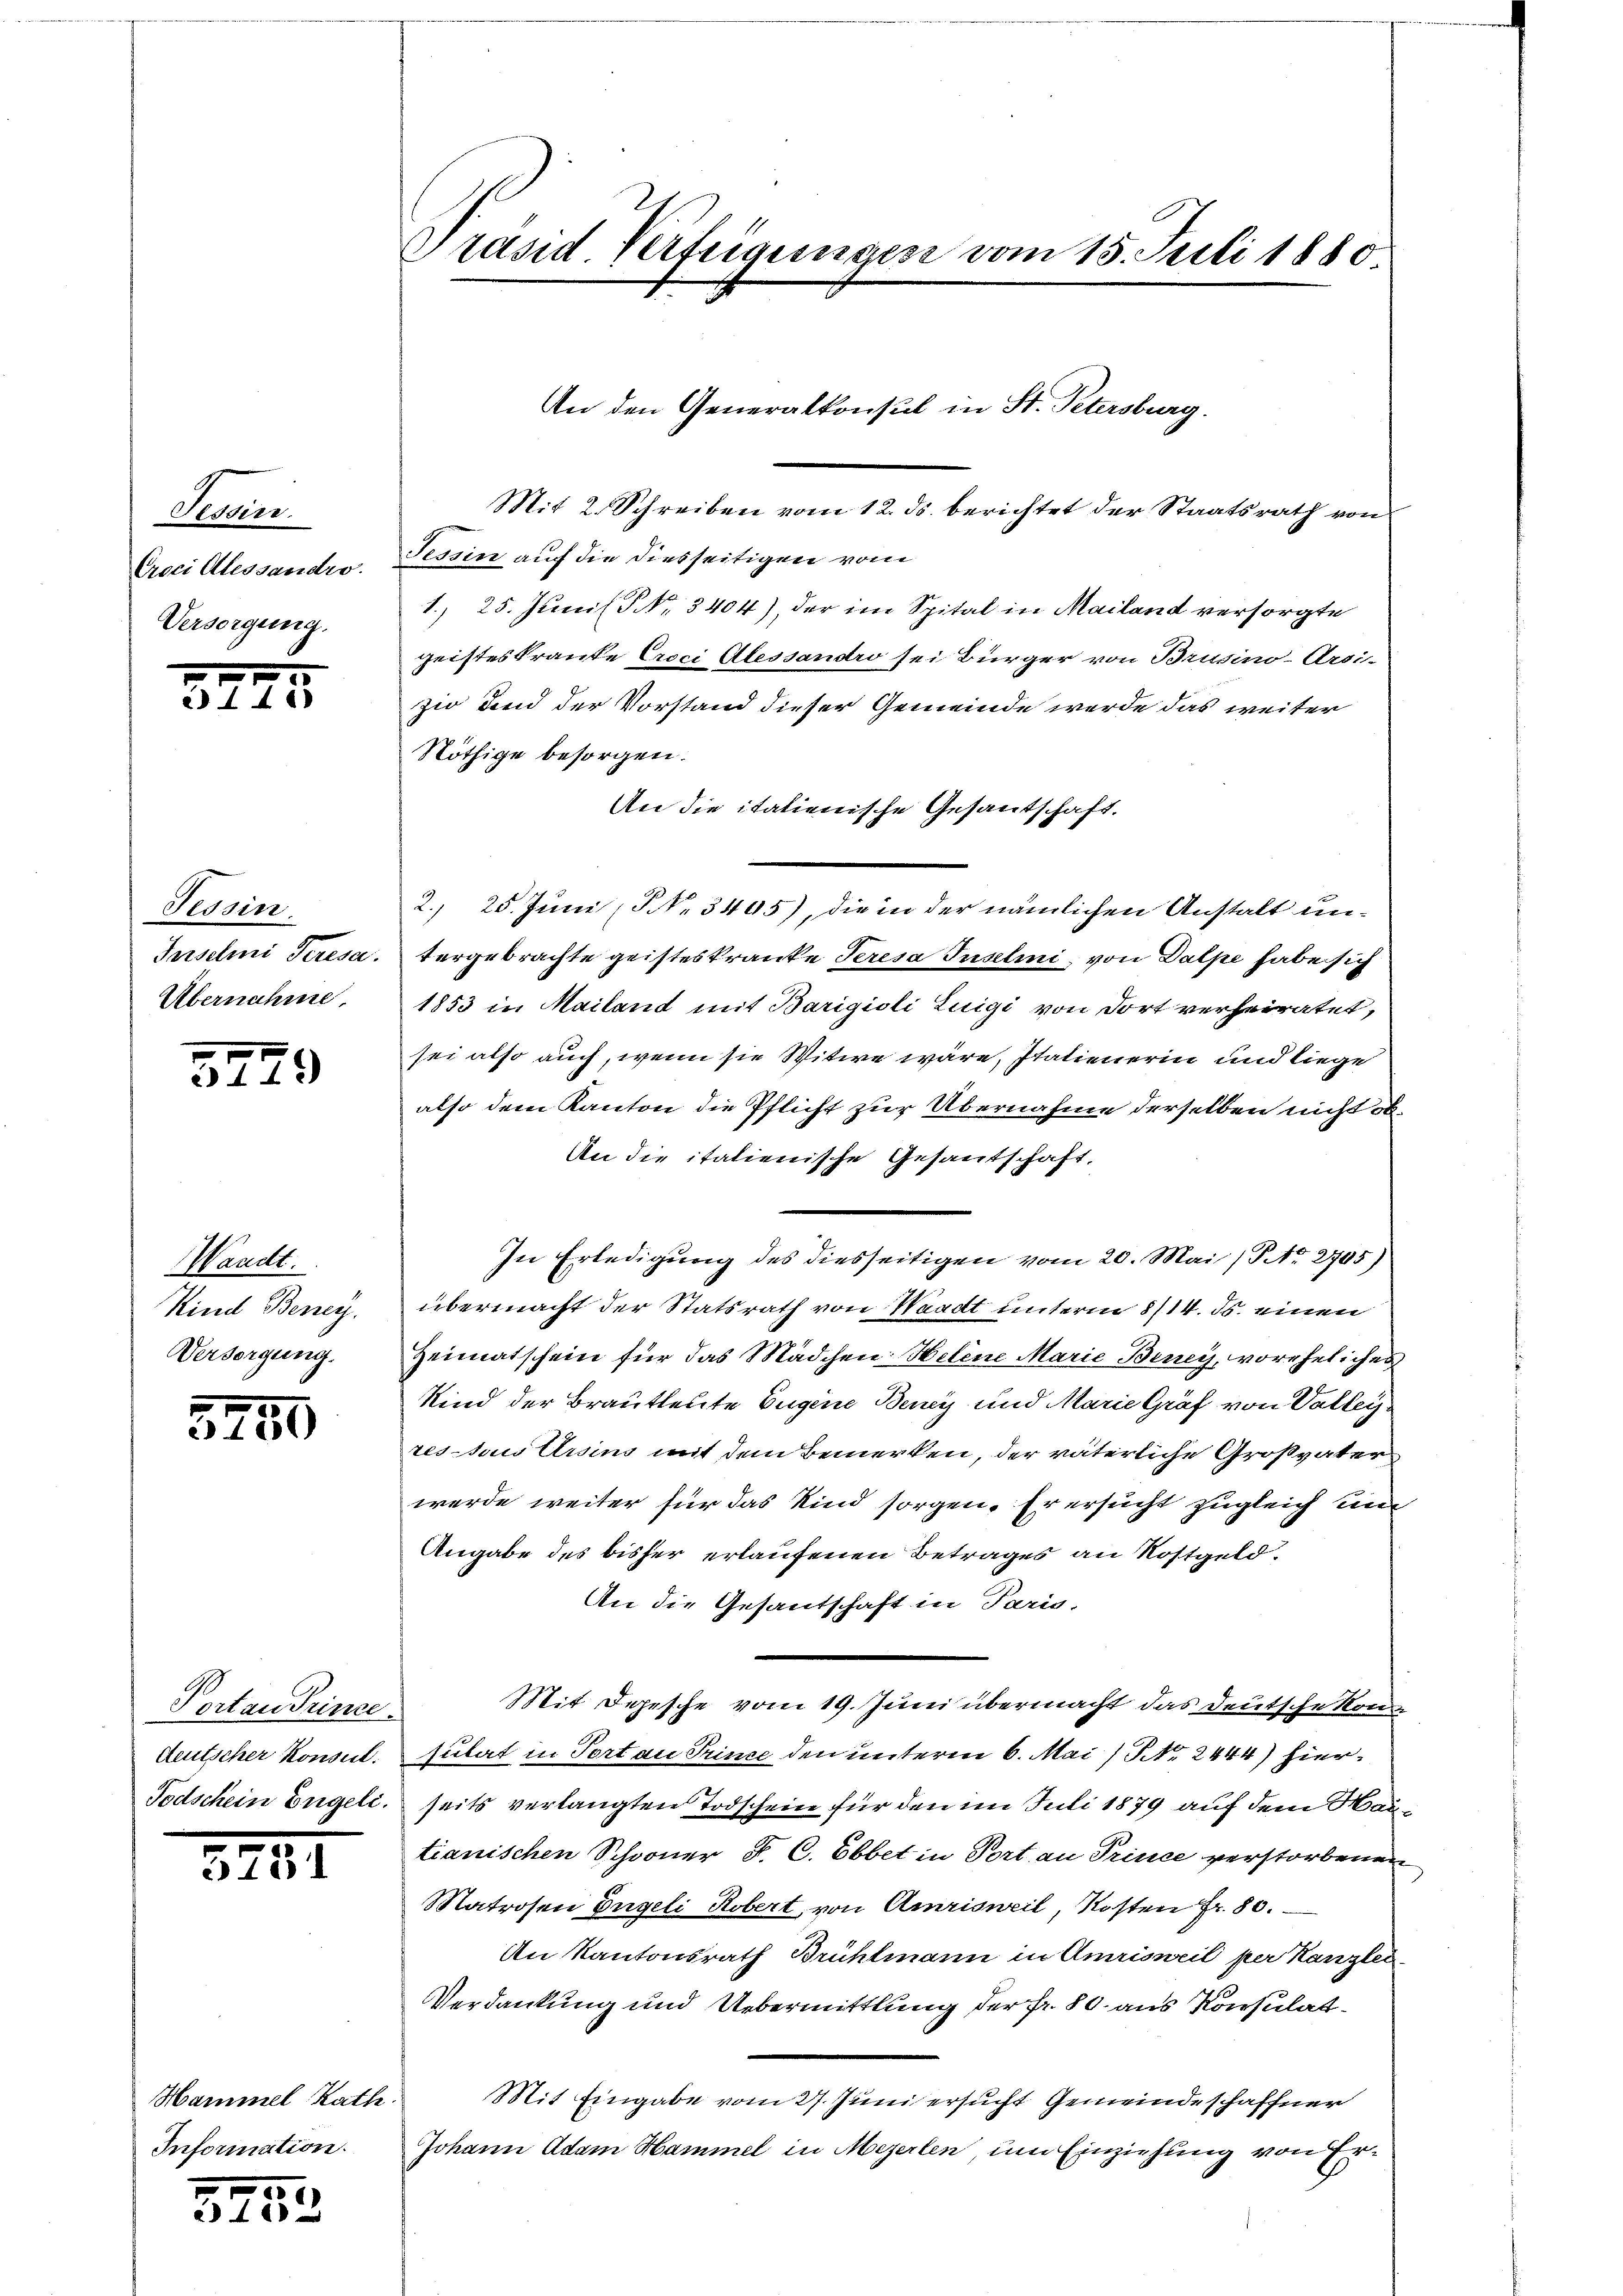
Tessin.
Croci Alessandro.
Versorgung.

39

5

Tessin.
Jerselmi Teresa
Übernahme.

3749

Waadt.
Kind Beneÿ.
Versorgung.

5750

Portan Prince.
deutscher Konsul.
Todschein Engeli.

5751

Hammel Rath
Information.

3453

Präsid. Verfügungen vom 15. Juli 1880

An den Generalkonsul in St. Petersburg.

Mit 2. Schreiben vom 12. ds. berichtet der Staatsrath von
Tessin auf die diesseitigen vom
1. 25. Juni l. P. Nr. 3404), der im Spital in Mailand versorgte
geisteskrante Ercci Alessandro sei Bürger von Brusino-Arsi-
zio dend der Vorstand dieser Gemeinde werde das weiter
Nöthige besorgen.
An die italienische Gesantschaft.
2. 25. Juni (NNNo. 3405), die in der nämlichen Anstalt untergebrachte geisteskranke Seresa Tuselmi von Dalpe habe sich
1853 in Mailand mit Barigioli Luigi von dort verheiratet,
sei also auch, wenn sie Witwe wäre, statienerin und liege
also dem Kanton die Pflicht zur Übernahme derselben nicht ob¬
An die italienische Gesantschaft,
In Erledigung des diesseitigen vom 20. Mai /Pr. 2705)
übermacht der Statsrath von Waadt unterm 8/14. ds. einen
Heimatschein für das Mädchen: Helene Marie Beney, voreheliches
Kind der Brautleute Eugene Beney und Marie Graf von Vallerressous Ursins mit dem Bemerken, der väterliche Großvater
werde weiter für das Kind sorgen. Er ersucht zugleich un
Angabe des bisher erlaufenen Betrages an Rostgeld¬
An die Gesandschaft in Paris-
Mit Depesche vom 19. Juni übermacht das Deutsche Kon
sulat in Tort au Trince den unterm 6. Mai / No. 2444) hierseits verlangten Todschein für den im Juli 1879 auf dem Mautianischen Schöner F. C. Ebbet in Port au Trince verstorbenen
Matrosen Engeli Robert, von Amrisweil, Kosten Fr. 80.
An Kantonsrath Brühlmann in Amrisweil per Kanzlei
Verdankung und Uebermittlung der fr. 80. aus Konsulat¬
Mit Eingabe vom 27. Juni ersucht Gemeindeschaffner
Johann Adam Hammel in Meyerlen um Einziehung von Er¬